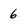
Character: 6